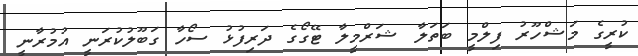
ކުރީގެ މަޝްހޫރު ފިލްމީ ބަތަލާ ޝަރްމީލާ ޓޭގޯގެ ދަރިފުޅު ސޯހާ ގަބޫލުކުރަނީ އުމުރާނީ